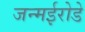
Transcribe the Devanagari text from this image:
जन्मईरोडे